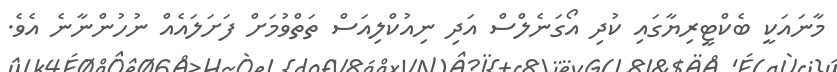
މާނައަކީ ބެކްޓީރިޔާގައި ކުދި އޯގަނެލްސް އަދި ނިއުކްލިއަސް ތަތްވުމަށް ފަށަލައެއް ނުހުންނާނެ އެވެ.